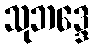
သုဘဒ္ဒေ